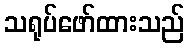
သရုပ်ဖော်ထားသည်